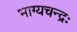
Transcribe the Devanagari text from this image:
भाग्यचन्द्रः